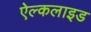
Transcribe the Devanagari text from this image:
ऐल्कलाइड